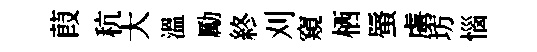
葭秔大溫勵終刈窺栖蜃虜坊惱